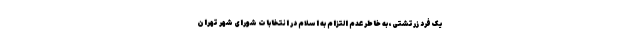
یک فرد زرتشتی، به خاطر عدم التزام به اسلام در انتخابات شورای شهر تهران